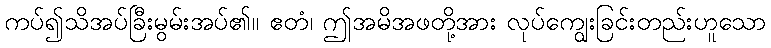
ကပ်၍သိအပ်ခြီးမွမ်းအပ်၏။ ဧတံ၊ ဤအမိအဖတို့အား လုပ်ကျွေးခြင်းတည်းဟူသော